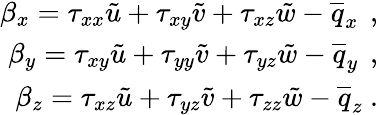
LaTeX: \begin{array}{r}{\beta_{x}={\tau}_{xx}\tilde{u}+{\tau}_{xy}\tilde{v}+{\tau}_{xz}\tilde{w}-\overline{{q}}_{x}\, \mathrm{~,~}}\\ {\beta_{y}={\tau}_{xy}\tilde{u}+{\tau}_{yy}\tilde{v}+{\tau}_{yz}\tilde{w}-\overline{{q}}_{y}\, \mathrm{~,~}}\\ {\beta_{z}={\tau}_{xz}\tilde{u}+{\tau}_{yz}\tilde{v}+{\tau}_{zz}\tilde{w}-\overline{{q}}_{z}\mathrm{~.~}}\end{array}